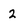
Character: 2